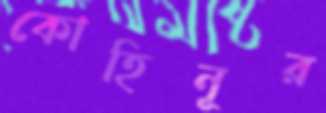
কোহিনূর